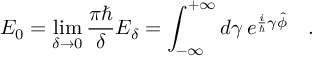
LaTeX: { \cal E } _ { 0 } = \operatorname * { l i m } _ { \delta \rightarrow 0 } \frac { \pi \hbar } { \delta } { \cal E } _ { \delta } = \int _ { - \infty } ^ { + \infty } d \gamma \, e ^ { \frac { i } { \hbar } \gamma \hat { \phi } } \ \ \ .